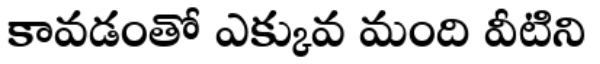
కావడంతో ఎక్కువ మంది వీటిని